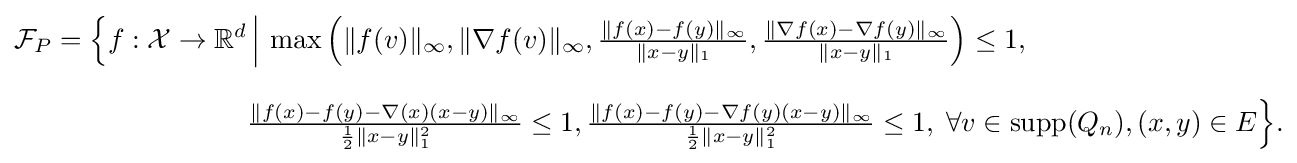
{\begin{aligned}{\mathcal {F}}_{P}={\Big \{}f:{\mathcal {X}}\rightarrow \mathbb {R} ^{d}&\,{\Bigl \vert }\,\max \left(\|f(v)\|_{\infty },\|\nabla f(v)\|_{\infty },{\textstyle {\frac {\|f(x)-f(y)\|_{\infty }}{\|x-y\|_{1}}}},{\textstyle {\frac {\|\nabla f(x)-\nabla f(y)\|_{\infty }}{\|x-y\|_{1}}}}\right)\leq 1,\\[8pt]&{\textstyle {\frac {\|f(x)-f(y)-{\nabla (x)}{(x-y)}\|_{\infty }}{{\frac {1}{2}}\|x-y\|_{1}^{2}}}\leq 1},{\textstyle {\frac {\|f(x)-f(y)-{\nabla f(y)}{(x-y)}\|_{\infty }}{{\frac {1}{2}}\|x-y\|_{1}^{2}}}\leq 1},\;\forall v\in \operatorname {supp} (Q_{n}),(x,y)\in E{\Big \}}.\end{aligned}}